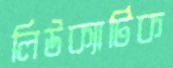
লিউক্যাটিক